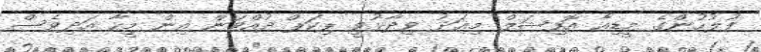
ފުލުހުންގެ މީޑިއާ އޮފިޝަލް މިއަދު ވިދާޅުވީ ޕިކަޕް ދުއްވަން އިން މީހާ އަދިވެސް